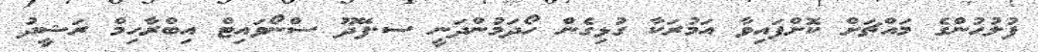
ފުލުހުންގެ މައްޗަށް ކޮށްފައިވާ އަމުރަކާ ގުޅިގެން ހޯދަމުންދަނީ ސ.ފޭދޫ ސްނޯވައިޓް އިބްރާހިމް ރަޝީދު